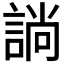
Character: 𧩡